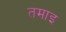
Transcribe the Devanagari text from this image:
तमाइ